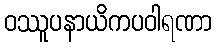
ဝဿူပနာယိကပဝါရဏာ